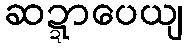
ဆဍ္ဍာပေယျ